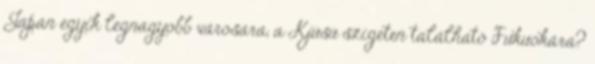
Japán egyik legnagyobb városára, a Kjúsú szigeten található Fukuokára?